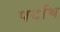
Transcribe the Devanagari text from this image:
पर्दाथ